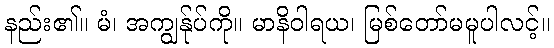
နည်း၏။ မံ၊ အကျွန်ုပ်ကို။ မာနိဝါရယ၊ မြစ်တော်မမူပါလင့်။